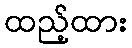
ထည့်ထား